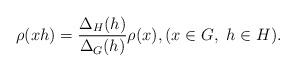
LaTeX: \begin{align*}\rho(xh)=\frac{\Delta _H(h)}{\Delta_G(h)} \rho(x), (x\in G, \ h \in H).\end{align*}